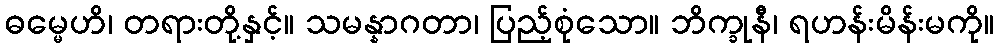
ဓမ္မေဟိ၊ တရားတို့နှင့်။ သမန္နာဂတာ၊ ပြည့်စုံသော။ ဘိက္ခုနီ၊ ရဟန်းမိန်းမကို။